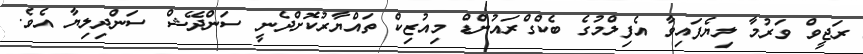
ރަޖީވް ވަރުމާ ލިޔެފައިވާ އެފިލްމުގެ ބެކްގްރައުންޑް މިއުޒިކް ތައްޔާރުކޮށްދެނީ ސަންދޭޝް ސަންދިލިޔާ އެވެ.